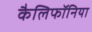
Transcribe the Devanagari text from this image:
कैलिफॉनिया